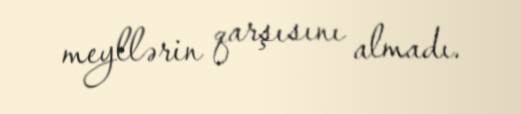
meyllərin qarşısını almadı.